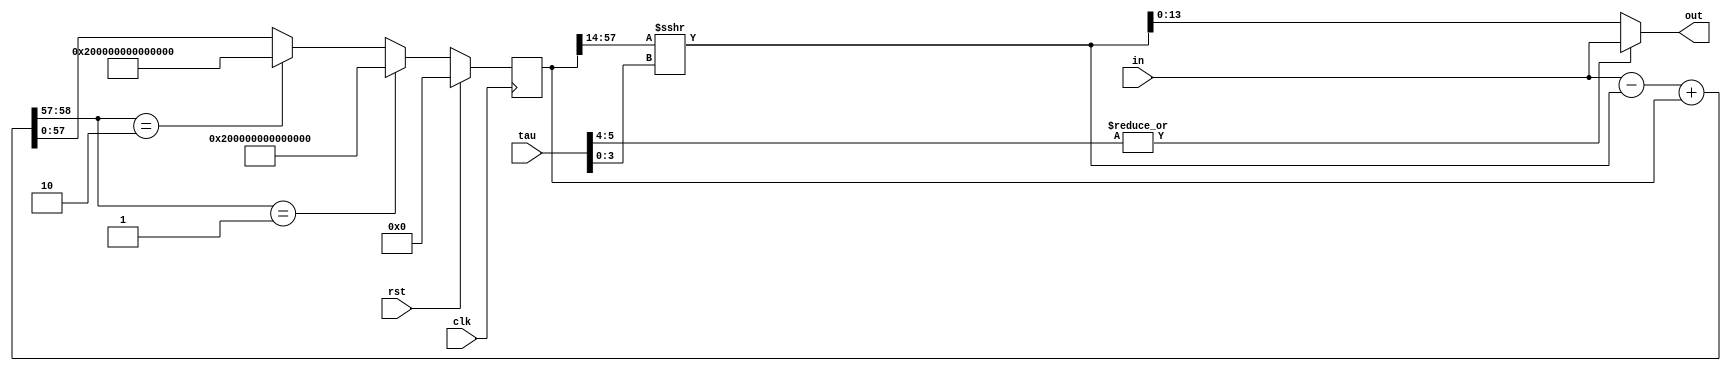
module LP_filter3 #(parameter R=14)
    (
    input clk,rst,
    input         [ 6-1:0] tau,
    input  signed [ R-1:0] in,
    output signed [ R-1:0] out
    );
    
    // R resolution of input and output signals
    // Low Pass Filter characteristi time is: 8 ns * 2**tau
    // max tau value = 62-R . For R=14, max tau=48
    //                        For R=28, max tau=34
    
    localparam S=58; // 45 works great
    
    reg  signed [S-1 :0] sum;
    wire signed [S   :0] sum_next;
    wire signed [31-1:0] sum_div;

    reg                 step;
    wire                step_next;

    
    always @(posedge clk) begin
       if (rst) begin
           sum    <=    {S{1'b0}}    ;
        end 
        else begin
           if ( sum_next[S:S-1] == 2'b01  )  // positive overflow 
              sum    <=  {1'b0, {S-1{1'b1}} } ;
           else if ( sum_next[S:S-1] == 2'b10  )  // negative overflow 
              sum    <=  {1'b1, {S-1{1'b0}} } ;
           else
              sum    <=  sum_next[S-1:0] ;
        end
    end
    
    assign sum_next =  $signed(in)  - $signed( sum_div ) + $signed(sum)  ;
    assign sum_div  =  $signed(sum[S-1:14] ) >>> tau[4-1:0]  ;
    
    assign out = ( |tau[5:4] ) ? in : sum_div[R-1:0] ;
    
endmodule